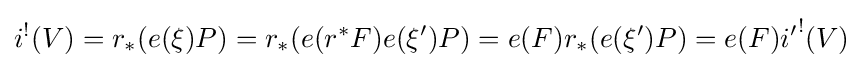
i^{!}(V)=r_{*}(e(\xi )P)=r_{*}(e(r^{*}F)e(\xi ')P)=e(F)r_{*}(e(\xi ')P)=e(F){i'}^{!}(V)